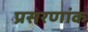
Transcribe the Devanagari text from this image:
प्रसरणांक